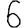
Digit: 6